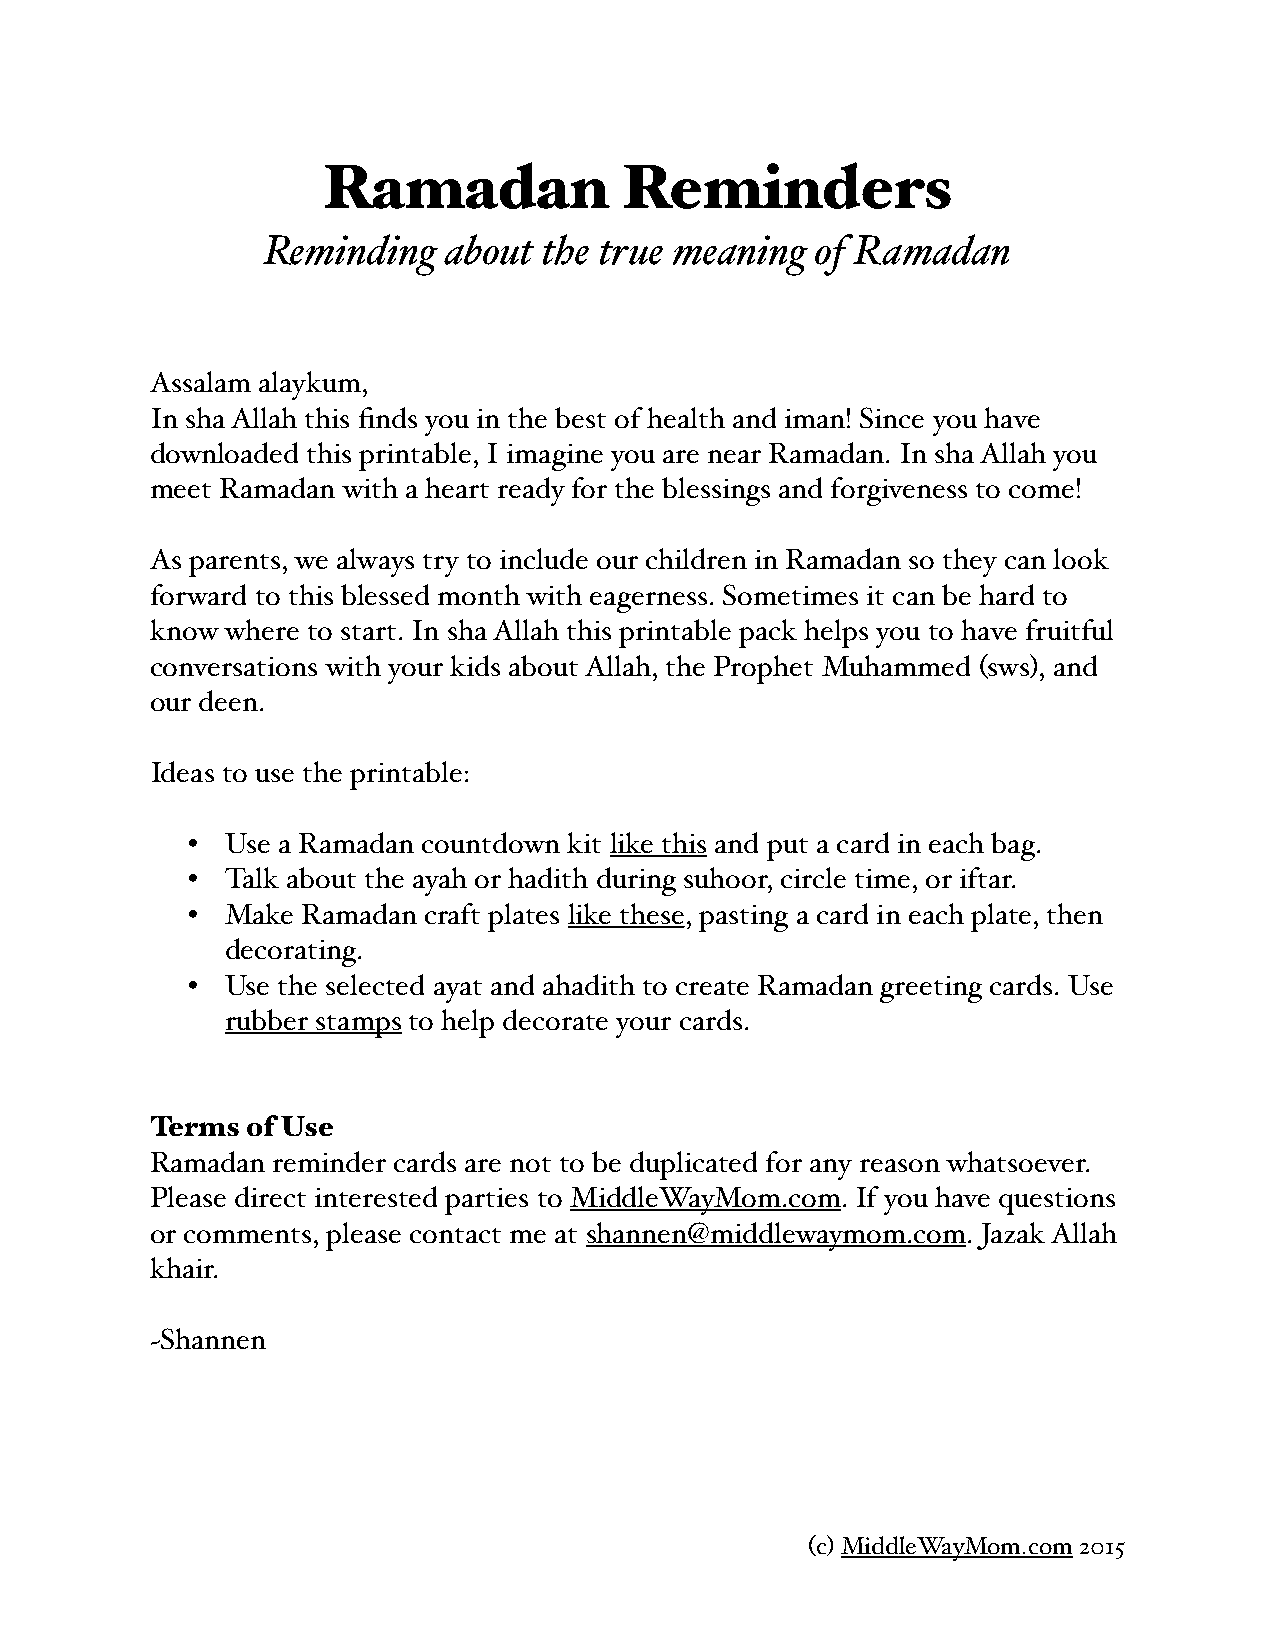
Ramadan             Reminders
 Reminding   about  the true meaning  of Ramadan
 Assalam alaykum,
 In sha Allah this finds you in the best of health and iman! Since you have
 downloaded this printable, I imagine you are near Ramadan. In sha Allah you
 meet Ramadan with a heart ready for the blessings and forgiveness to come!
 As parents, we always try to include our children in Ramadan so they can look
 forward to this blessed month with eagerness. Sometimes it can be hard to
 know where to start. In sha Allah this printable pack helps you to have fruitful
 conversations with your kids about Allah, the Prophet Muhammed (sws), and
 our deen.
 Ideas to use the printable:
 •  Use a Ramadan countdown kit like this and put a card in each bag.
 •  Talk about the ayah or hadith during suhoor, circle time, or iftar.
 •  Make Ramadan craft plates like these, pasting a card in each plate, then
 decorating.
 •  Use the selected ayat and ahadith to create Ramadan greeting cards. Use
 rubber stamps to help decorate your cards.
 Terms of Use
 Ramadan reminder cards are not to be duplicated for any reason whatsoever.
 Please direct interested parties to MiddleWayMom.com. If you have questions
 or comments, please contact me at shannen@middlewaymom.com. Jazak Allah
 khair.
 ~Shannen
 (c) MiddleWayMom.com 2015